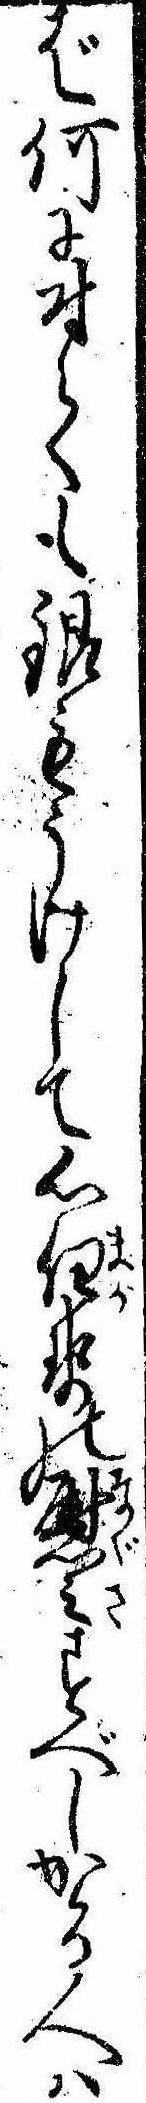
ば何に付ても銀もうけして心任せの慰みすべしかゝる人は